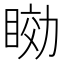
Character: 𥇟